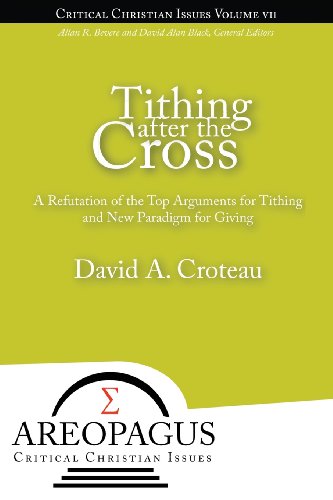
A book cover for Tithing after the Cross; David A. Croteau; Christian Books & Bibles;